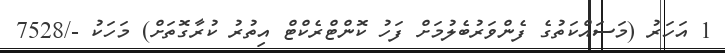
1 އަހަރު (މަސައްކަތުގެ ފެންވަރުބެލުމަށް ފަހު ކޮންޓްރެކްޓް އިތުރު ކުރާގޮތަށް) މަހަކު -/7528